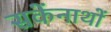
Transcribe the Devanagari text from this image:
सकेंनाथों